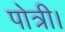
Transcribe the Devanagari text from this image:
पोत्री।